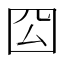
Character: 𭍛